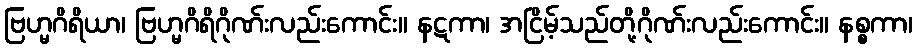
ဗြဟ္မဂိရိယာ၊ ဗြဟ္မဂိရိဂိုဏ်းလည်းကောင်း။ နဋကာ၊ အငြိမ့်သည်တို့ဂိုဏ်းလည်းကောင်း။ နစ္စကာ၊